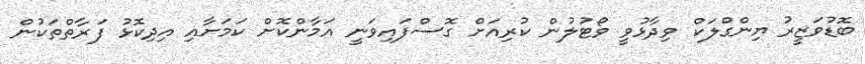
ބޮޑުވަޒީރު ޔިންގްލަކް ވިދާޅުވީ ވޯޓުލުން ކުރިއަށް ގޮސްފައިވަނީ އަމާންކޮށް ކަމަށާއި އިދިކޮޅު ފަރާތްތަކުން